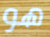
هو